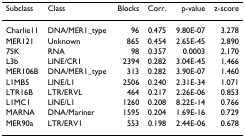
| Subclass | Class | Blocks | Corr. | p-value | z-score |
 | --- | --- | --- | --- | --- | --- |
 | Charlie11 | DNA/MER1_type | 96 | 0.475 | 9.80E-07 | 3.278 |
 | MER121 | Unknown | 865 | 0.454 | 2.65E-45 | 2.890 |
 | 7SK | RNA | 98 | 0.357 | 0.0003 | 2.170 |
 | L3b | LINE/CR1 | 2394 | 0.282 | 3.04E-45 | 1.466 |
 | MER106B | DNA/MER1_type | 313 | 0.282 | 3.90E-07 | 1.460 |
 | L1MB5 | LINE/L1 | 2506 | 0.240 | 2.31E-34 | 1.071 |
 | LTR16B | LTR/ERVL | 464 | 0.217 | 2.26E-06 | 0.853 |
 | L1MC1 | LINE/L1 | 1260 | 0.208 | 8.22E-14 | 0.766 |
 | MARNA | DNA/Mariner | 1595 | 0.204 | 1.69E-16 | 0.729 |
 | MER90a | LTR/ERV1 | 553 | 0.198 | 2.44E-06 | 0.678 |